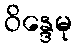
ဝိန္ဒေမု